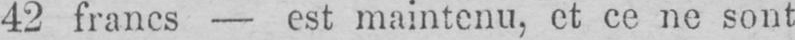
42 francs - est maintenu, et ce ne sont